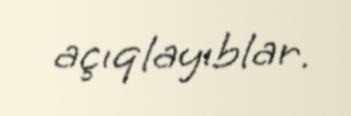
açıqlayıblar.